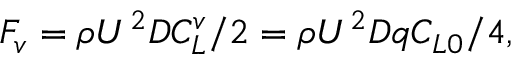
{ F _ { v } } = \rho { U ^ { 2 } } D C _ { L } ^ { v } / 2 = \rho { U ^ { 2 } } D q { C _ { L 0 } } / 4 ,